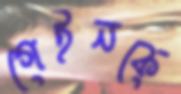
গেইনকে